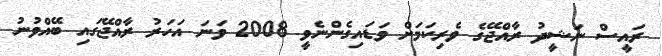
ރައީސް ނަޝީދު ރާއްޖޭގެ ވެރިކަމަށް ވަޑައިގެންނެވީ 2008 ވަނަ އަހަރު ރާއްޖޭގައި ބޭއްވުނު